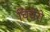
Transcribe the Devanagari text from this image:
चिचेरो